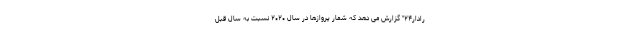
رادار۲۴" گزارش می دهد که شمار پروازها در سال ۲۰۲۰ نسبت به سال قبل